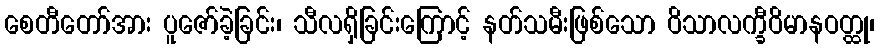
စေတီတော်အား ပူဇော်ခဲ့ခြင်း၊ သီလရှိခြင်းကြောင့် နတ်သမီးဖြစ်သော ဝိသာလက္ခီဝိမာနဝတ္ထု၊